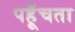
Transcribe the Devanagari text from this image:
पहूँचता